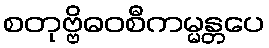
စတုဗ္ဗိဓဝစီကမ္မန္တပေ